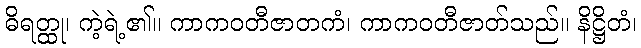
ဓိရတ္ထု၊ ကဲ့ရဲ့၏။ ကာကဝတီဇာတကံ၊ ကာကဝတီဇာတ်သည်။ နိဋ္ဌိတံ၊